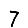
Digit: 7